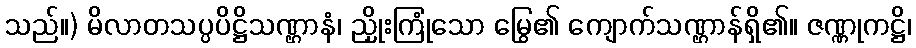
သည်။) မိလာတသပ္ပပိဋ္ဌိသဏ္ဌာနံ၊ ညှိုးကြုံသော မြွေ၏ ကျောက်သဏ္ဌာန်ရှိ၏။ ဇဏ္ဏုကဋ္ဌိ၊